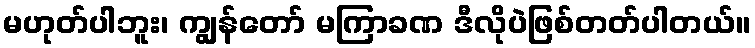
မဟုတ်ပါဘူး၊ ကျွန်တော် မကြာခဏ ဒီလိုပဲဖြစ်တတ်ပါတယ်။